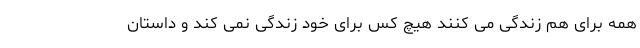
همه برای هم زندگی می کنند هیچ کس برای خود زندگی نمی کند و داستان